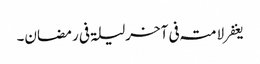
یغفر لامتہ فی آخرلیلۃ فی رمضان۔